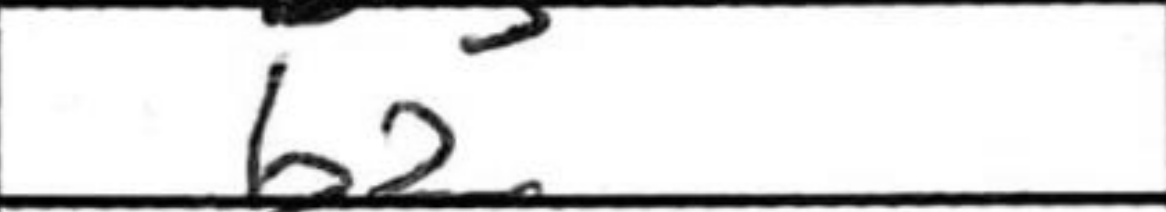
Transcription: b2